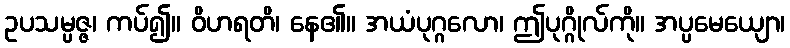
ဥပသမ္ပဇ္ဇ၊ ကပ်၍။ ဝိဟရတိ၊ နေ၏။ အယံပုဂ္ဂလော၊ ဤပုဂ္ဂိုလ်ကို။ အပ္ပမေယျော၊